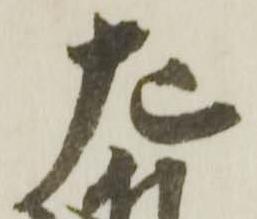
左